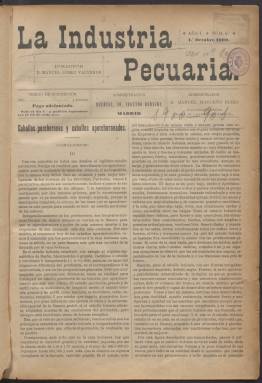
Título: La Industria pecuaria
Colección: Agricultura y ganadería
Ámbito geográfico: Madrid
Lugar de publicación: Madrid
Fechas: 01/10/1900-10/07/1936